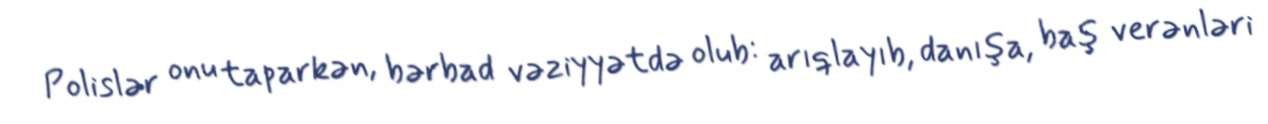
Polislər onu taparkən, bərbad vəziyyətdə olub: arıqlayıb, danışa, baş verənləri